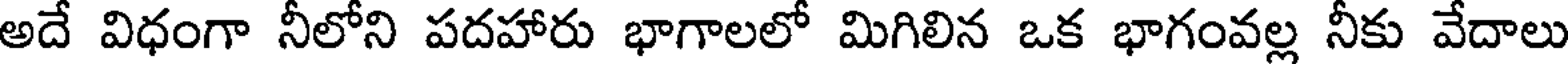
అదే విధంగా నీలోని పదహారు భాగాలలో మిగిలిన ఒక భాగంవల్ల నీకు వేదాలు